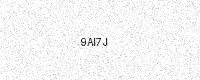
Text: 9AI7J